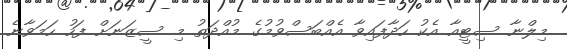
މިލްނާ ސިޓީއާ އެކު ހަދާފައިވާ އެއްބަސްވުމުގެ މުއްދަތު މި ސީޒަނަށް ފަހު ހަމަވާނެ